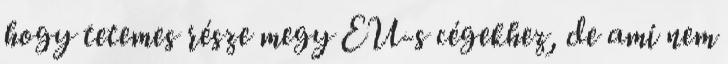
hogy tetemes része megy EU-s cégekhez, de ami nem